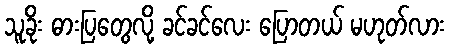
သူခိုး ဓားပြတွေလို့ ခင်ခင်လေး ပြောတယ် မဟုတ်လား